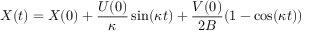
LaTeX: X ( t ) = X ( 0 ) + { \frac { U ( 0 ) } { \kappa } } \sin ( \kappa t ) + { \frac { V ( 0 ) } { 2 B } } ( 1 - \cos ( \kappa t ) )